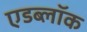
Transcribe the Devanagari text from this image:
एडब्लॉक